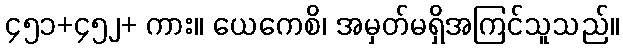
၄၅၁+၄၅၂+ ကား။ ယေကေစိ၊ အမှတ်မရှိအကြင်သူသည်။